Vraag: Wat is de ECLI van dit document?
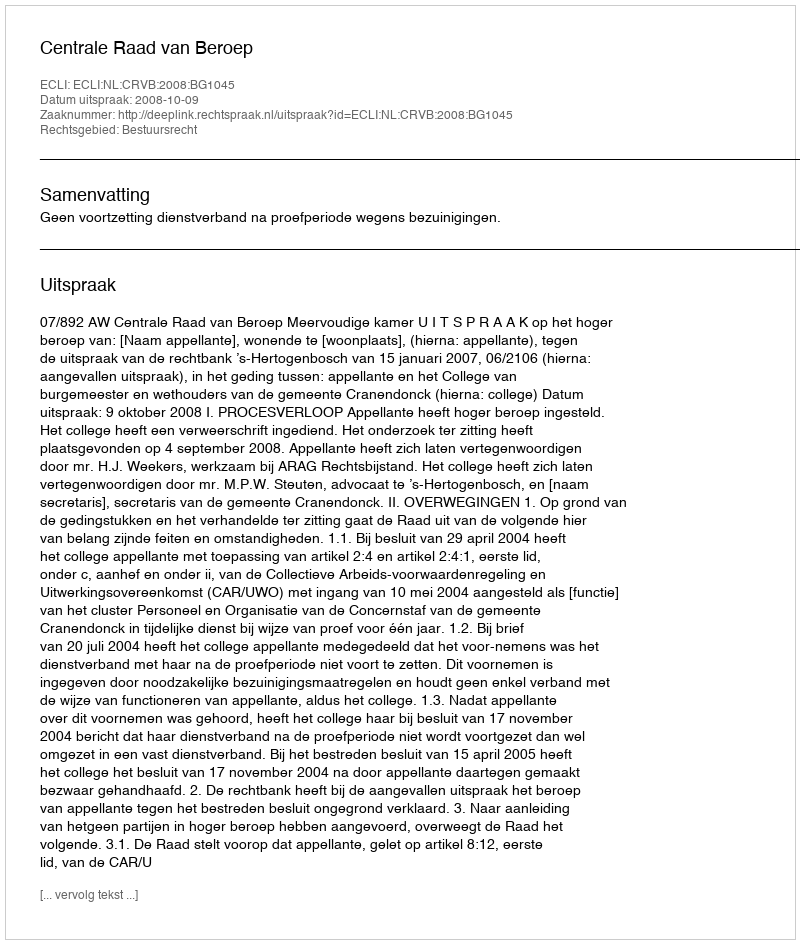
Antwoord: ECLI:NL:CRVB:2008:BG1045